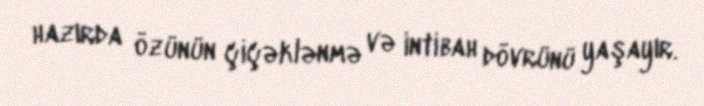
hazırda özünün çiçəklənmə və intibah dövrünü yaşayır.